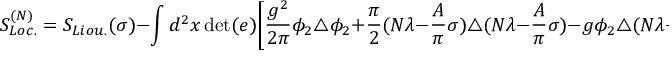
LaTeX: S _ { L o c . } ^ { ( N ) } = S _ { L i o u . } ( \sigma ) - \int d ^ { 2 } x \operatorname * { d e t } ( e ) \Biggl [ { \frac { g ^ { 2 } } { 2 \pi } } \phi _ { 2 } \triangle \phi _ { 2 } + { \frac { \pi } { 2 } } ( N \lambda - { \frac { A } { \pi } } \sigma ) \triangle ( N \lambda - { \frac { A } { \pi } } \sigma ) - g \phi _ { 2 } \triangle ( N \lambda - { \frac { A } { \pi } } \sigma ) \Biggr ] .